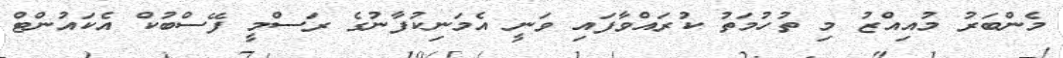
މެންބަރު މުއިއްޒު މި ތުހުމަތު ކުރައްވާފައި ވަނީ އެމަނިކުފާނުގެ ރަސްމީ ފޭސްބުކް އެކައުންޓް